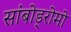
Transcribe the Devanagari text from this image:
सांबोड्रोमो